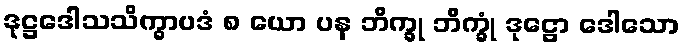
ဒုဋ္ဌဒေါသသိက္ခာပဒံ ၈ ယော ပန ဘိက္ခု ဘိက္ခုံ ဒုဋ္ဌော ဒေါသော